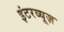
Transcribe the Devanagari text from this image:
इंटरव्यूज़